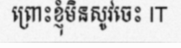
ព្រោះខ្ញុំមិនសូវចេះ IT